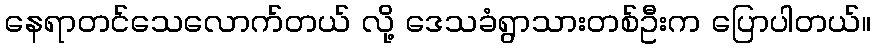
နေရာတင်သေလောက်တယ် လို့ ဒေသခံရွာသားတစ်ဦးက ပြောပါတယ်။